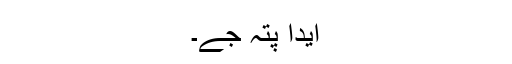
ایدا پتہ جے۔